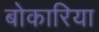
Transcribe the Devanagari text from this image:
बोकारिया